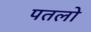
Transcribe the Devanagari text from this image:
पतलो